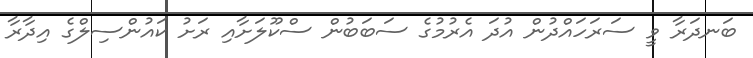
ބަނދަރާ ވީ ސަރަހައްދުން އުދަ އެރުމުގެ ސަބަބުން ސްކޫލަށާއި ރަށު ކައުންސިލްގެ އިދާރާ